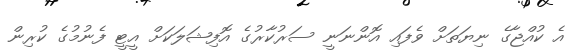
އެ ކުއްޖާގެ ނިޔަތަށް ވެފައި އޮންނަނީ ސަރުކާރުގެ އޮފިޝަލަކަށް އީޓީ ފެނުމުގެ ކުރިން